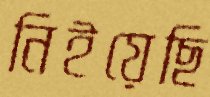
নিইয়েছি